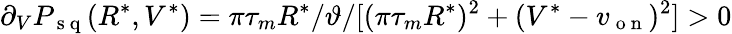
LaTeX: \partial_{V}P_{\mathrm{~s~q~}}(R^{*},V^{*})=\pi\tau_{m}R^{*}/\vartheta/[(\pi\tau_{m}R^{*})^{2}+(V^{*}-v_{\mathrm{~o~n~}})^{2}]>0